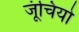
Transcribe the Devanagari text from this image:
जूंचियो